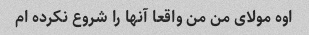
اوه مولای من من واقعا آنها را شروع نکرده ام